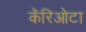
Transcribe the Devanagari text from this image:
कॅरिओटा